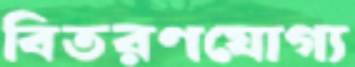
বিতরণযোগ্য